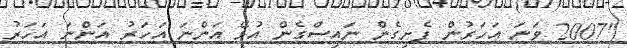
"2007 ވަނަ އަހަރުން ފެށިގެން ނައިސްގެން އުޅޭ އަންނަ އަހަރު އަންނަ އަހަރު